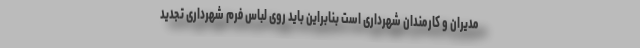
مدیران و کارمندان شهرداری است بنابراین باید روی لباس فرم شهرداری تجدید